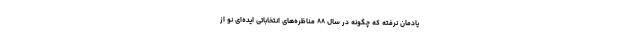
یادمان نرفته که چگونه در سال ۸۸ مناظره‌های انتخاباتی ایده‌ای نو از